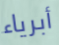
أبرياء